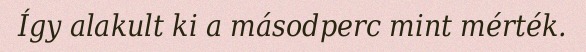
Így alakult ki a másodperc mint mérték.